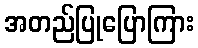
အတည်ပြုပြောကြား